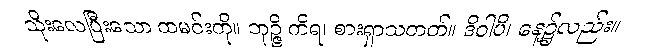
သိုးလေပြီးသော ထမင်းကို။ ဘုဉ္ဇိ ကိရ၊ စားရှာသတတ်။ ဒိဝါပိ၊ နေ့၌လည်း။